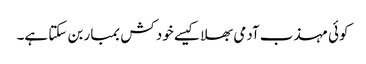
کوئی مہذب آدمی بھلا کیسے خود کش بمبار بن سکتا ہے۔